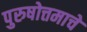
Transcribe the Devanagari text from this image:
पुरुषोत्तमाचे